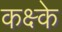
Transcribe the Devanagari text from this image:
कक्ष्के